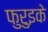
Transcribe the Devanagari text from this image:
फुरुइके